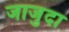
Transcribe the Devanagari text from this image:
जाजुदा